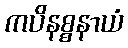
ကပိနစ္စနာယံ